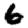
Digit: 6